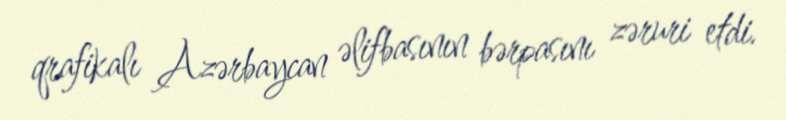
qrafikalı Azərbaycan əlifbasının bərpasını zəruri etdi.